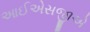
આઈએસજીએ